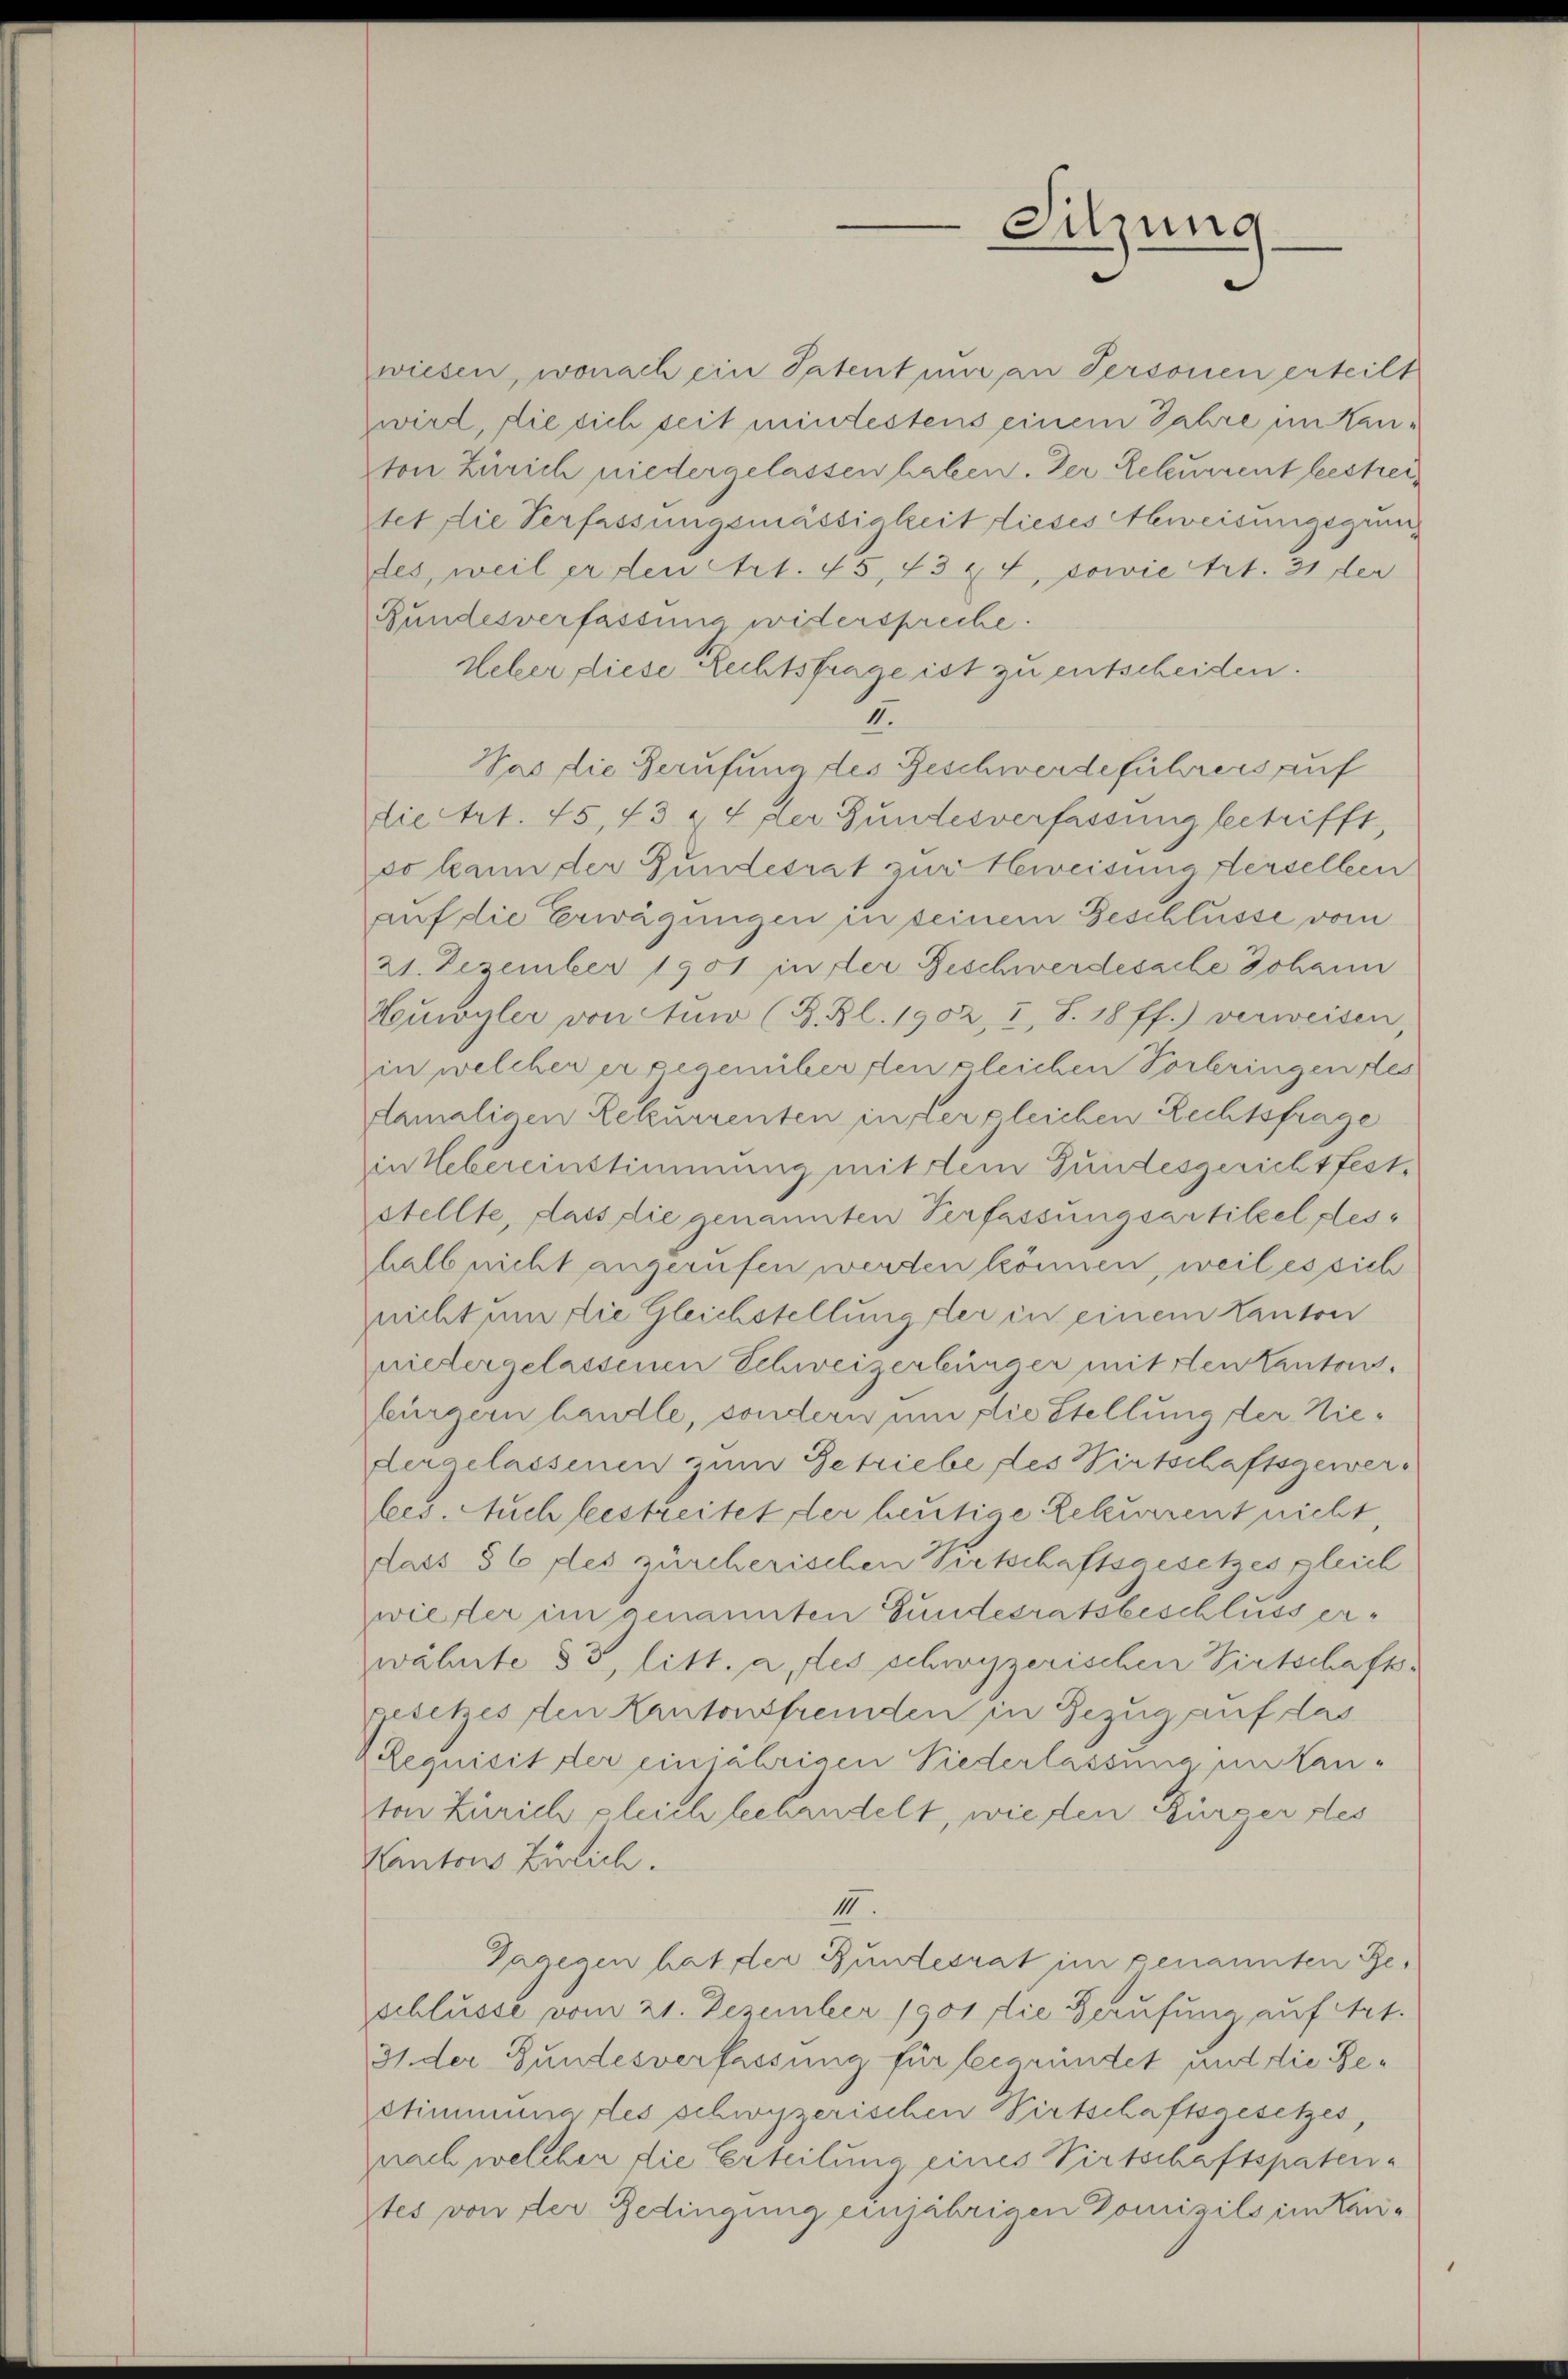
wiesen, wonach ein Patent nur an Personen erteilt
wird, die sich seit mintestens einem Jahre im Kanton Zürich niedergelassen haben. Der Rekurrent bestrei
stet die Verfassungsmässigkeit dieses Abweisungsgrundes, weil er den Art. 45, 43 x 4, sowie Art. 31 der
Rundesverfassung wisterspreche.
Ueber, diese Rechtsfrage ist zu entscheiden.
II.
Was die Berufung des Geschwerdeführers auf
die Art. 75, 73 & 4 der Fundesverfassung betrifft
so kann der Gundesrat zur Hweisung derselben
auf die Erwägungen in seinem Geschlüsse vom
21. Dezember 1901 in der Geschwerdesache Johann
Heuwyler von Auw (B. Bl. 1902, I, S. 18 ff.) verweisen
in welcher er gegenüber den gleichen Vorbringen des
damaligen Rekurrenten in der gleichen Rechtsfrage
in Uebereinstimmung mit dem Gundesgericht fest-
stellte, dass die genannten Verfassungsartikel deshalb nicht angerufen werden können, weil es sich
nicht um die Gleichstellung der in einem Kanton
nietergelassenen Schweizerbürger mitten kantons-
bürgern handle, sondern um die Stellung der Niedergelassenen zum Getriebe des Wirtschaftsgewerfees. Auch bestreitet der heutige Rekurrent nicht,
dass § 6 fles zürcherischen Portschaftsgesetzes gleich
wietter im genannten Gundesratsbeschluss erwähnte 33, litt. a, des schwyzerischen Pirtschafts-
gesetzes den Kantonsfremden in Bezug auf das
Requisit der einjährigen Niederlassung im Kan-
ton Zürich gleich beehandelt, wieden Bürger des
Kantons Zürich.
III.
Dagegen hat der Bundesrat im genannten Ge-
schlüsse vom 21. Dezember 1901 die Berufung auf Art.
31. der Bundesverfassung für begründet und die Bestimmung des schwyzerischen Wirtschaftsgesetzes,
nach welcher die Erteilung eines Virtschaftspaten-
stes von der Bedingung einjährigen Domizils im Kan¬

Sitzung